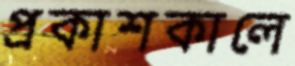
প্রকাশকালে